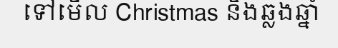
ទៅមើល Christmas និងឆ្លងឆ្នាំ